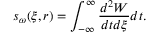
s _ { \omega } ( \xi , r ) = \int _ { - \infty } ^ { \infty } \frac { d ^ { 2 } W } { d t d \xi } d t .